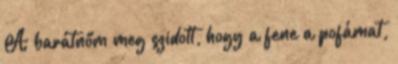
A barátnőm meg szidott, hogy a fene a pofámat,